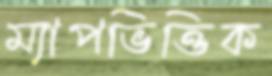
ম্যাপভিত্তিক